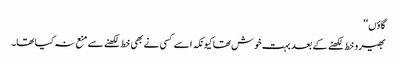
گاؤں‘‘
بھیرو خط لکھنے کے بعد بہت خوش تھا کیونکہ اسے کسی نے بھی خط لکھنے سے منع نہ کیا تھا۔